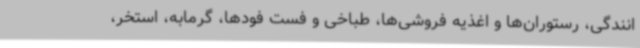
انندگی، رستوران‌ها و اغذیه فروشی‌ها، طباخی و فست فودها، گرمابه، استخر،